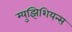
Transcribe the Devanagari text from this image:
म्युझिशियन्स